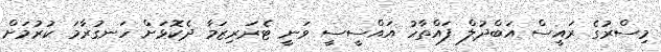
މިސްރުގެ ރައީސް އަބްދުލް ފައްތާހު އައްސީސީ ވަނީ ޓެރަރިޒަމާ ދެކޮޅަށް ހަނގުރާމަ ކުރުމަށް